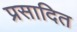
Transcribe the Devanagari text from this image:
प्रसादित